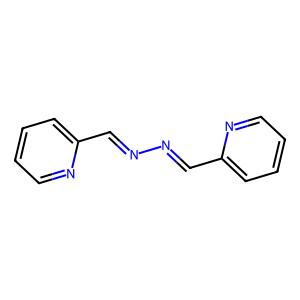
SMILES: C(=NN=Cc1ccccn1)c1ccccn1
Inhibits HIV replication: No